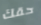
حقك